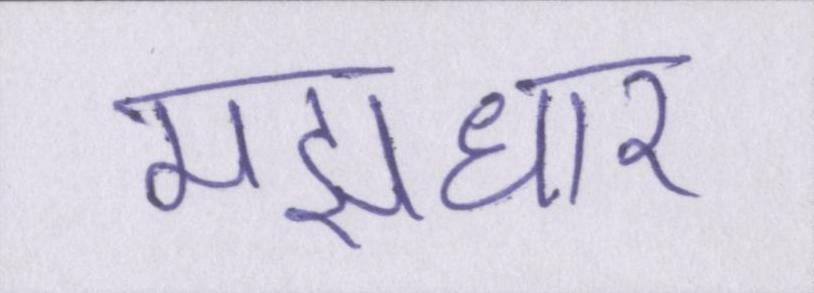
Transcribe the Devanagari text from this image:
मझधार